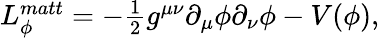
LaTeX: \begin{array}{r}{L_{\phi}^{matt}=-\frac{1}{2}g^{\mu\nu}\partial_{\mu}\phi\partial_{\nu}\phi-V(\phi),}\end{array}